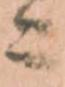
ニ